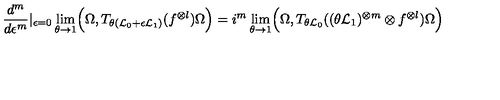
\frac { d ^ { m } } { d \epsilon ^ { m } } \vert _ { \epsilon = 0 } \lim _ { \theta \to 1 } \Bigl ( \Omega , T _ { \theta ( { \cal L } _ { 0 } + \epsilon { \cal L } _ { 1 } ) } ( f ^ { \otimes l } ) \Omega \Bigr ) = i ^ { m } \lim _ { \theta \to 1 } \Bigl ( \Omega , T _ { \theta { \cal L } _ { 0 } } ( ( \theta { \cal L } _ { 1 } ) ^ { \otimes m } \otimes f ^ { \otimes l } ) \Omega \Bigr )